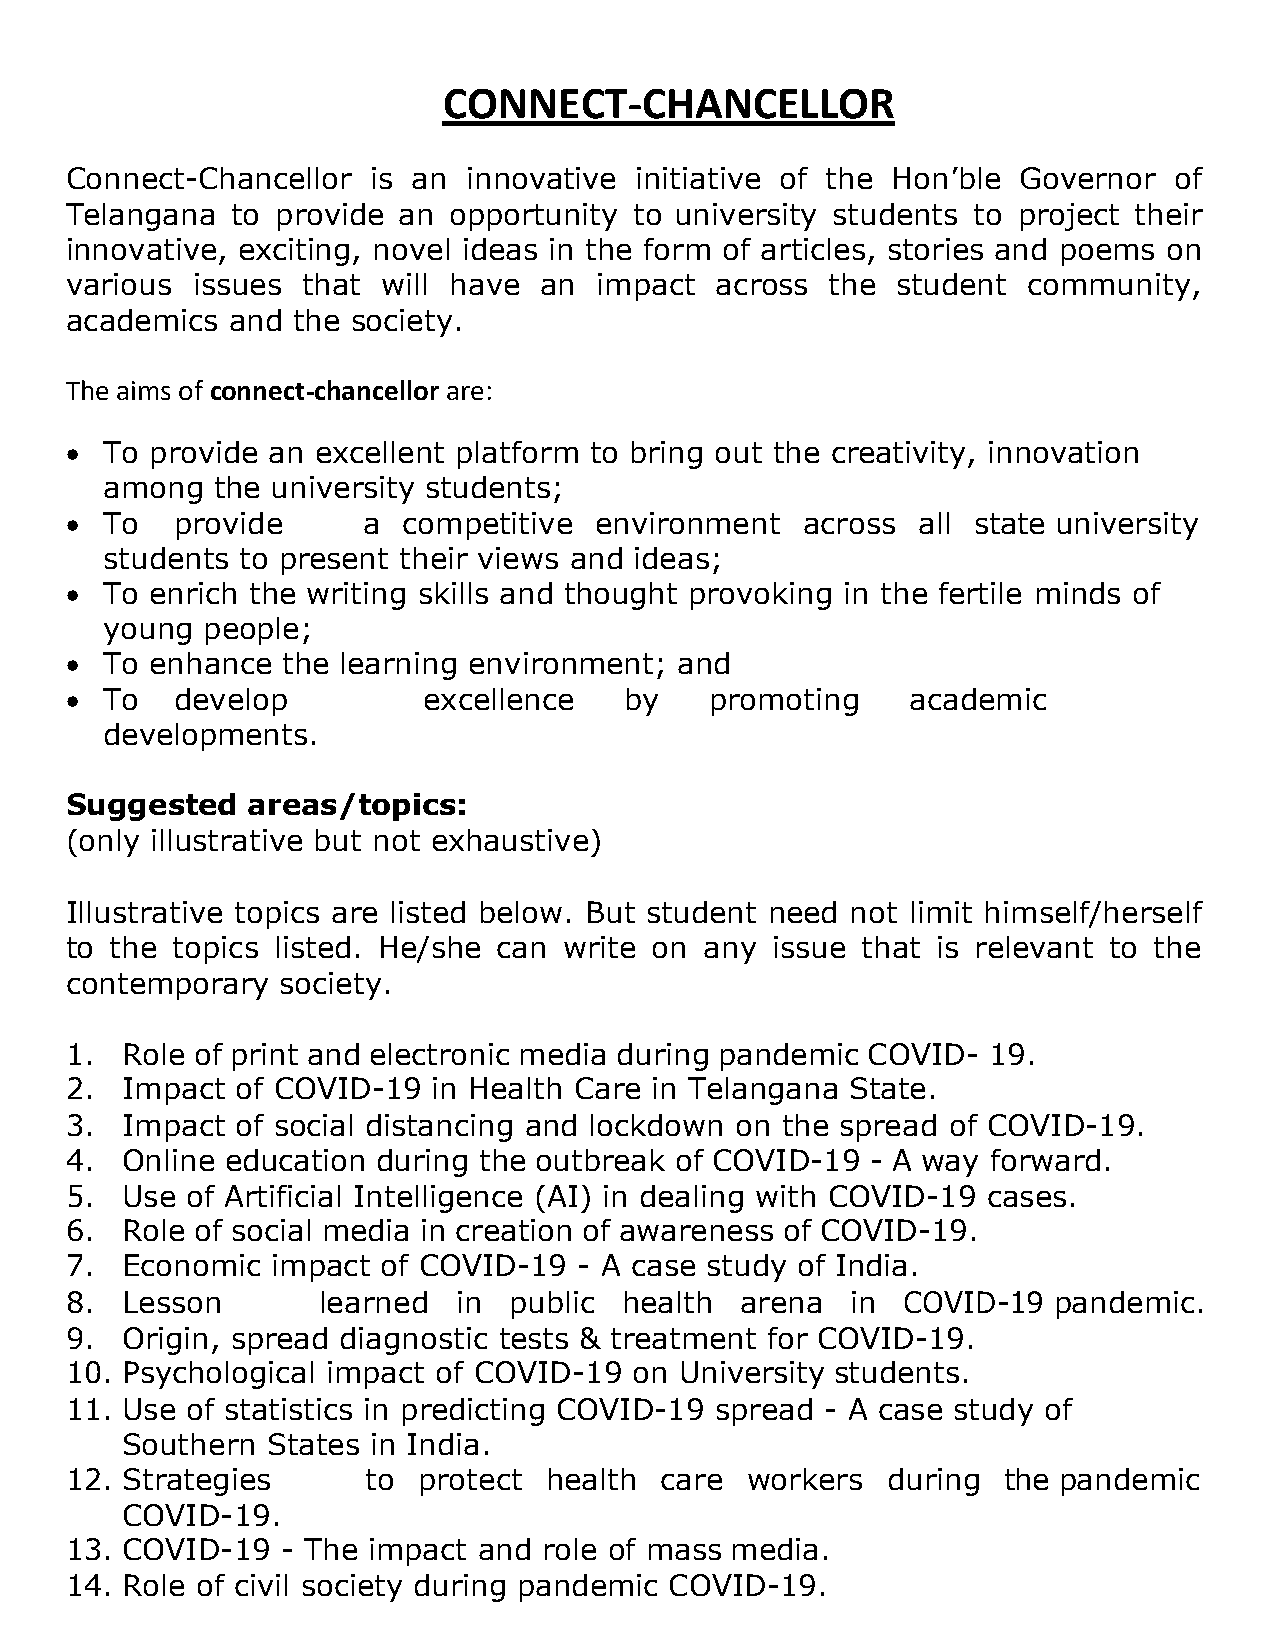
CONNECT-CHANCELLOR
 Connect-Chancellor   is an innovative initiative of the Hon’ble Governor  of
 Telangana  to provide an  opportunity to university students to project their
 innovative, exciting, novel ideas in the form of articles, stories and poems on
 various  issues that will have  an impact  across  the student  community,
 academics  and the society.
 The aims of connect-chancellor are:
 •  To provide an excellent platform to bring out the creativity, innovation
 among  the university students;
 •  To  provide      a  competitive environment   across  all state university
 students to present their views and ideas;
 •  To enrich the writing skills and thought provoking in the fertile minds of
 young people;
 •  To enhance  the learning environment; and
 •  To  develop          excellence   by    promoting    academic
 developments.
 Suggested   areas/topics:
 (only illustrative but not exhaustive)
 Illustrative topics are listed below. But student need not limit himself/herself
 to the topics listed. He/she can write on  any issue that is relevant to the
 contemporary   society.
 1.  Role of print and electronic media during pandemic COVID- 19.
 2.  Impact  of COVID-19  in Health Care in Telangana State.
 3.  Impact  of social distancing and lockdown on the spread of COVID-19.
 4.  Online education during the outbreak of COVID-19  - A way forward.
 5.  Use of Artificial Intelligence (AI) in dealing with COVID-19 cases.
 6.  Role of social media in creation of awareness of COVID-19.
 7.  Economic  impact of COVID-19  - A case study of India.
 8.  Lesson       learned  in  public health  arena  in  COVID-19  pandemic.
 9.  Origin, spread diagnostic tests & treatment for COVID-19.
 10. Psychological impact of COVID-19  on University students.
 11. Use of statistics in predicting COVID-19 spread - A case study of
 Southern  States in India.
 12. Strategies      to  protect health  care workers   during the pandemic
 COVID-19.
 13. COVID-19   - The impact and role of mass media.
 14. Role of civil society during pandemic COVID-19.